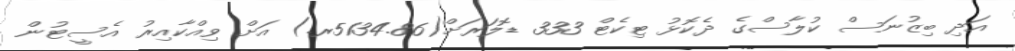
އަދި ބިޒުނަސް ކުލާސްގެ ދެކޮޅު ޓިކެޓް 333 ޑޮލަރަށް(5134.86ރ.) އަށް ވިއްކާއިރު އެސީޓުން